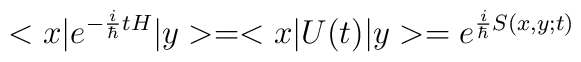
<x|e^{-{i\over\hbar}tH}|y>=<x|U(t)|y>=e^{{i\over\hbar}S(x,y;t)}